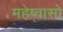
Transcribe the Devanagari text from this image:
महेष्वासो